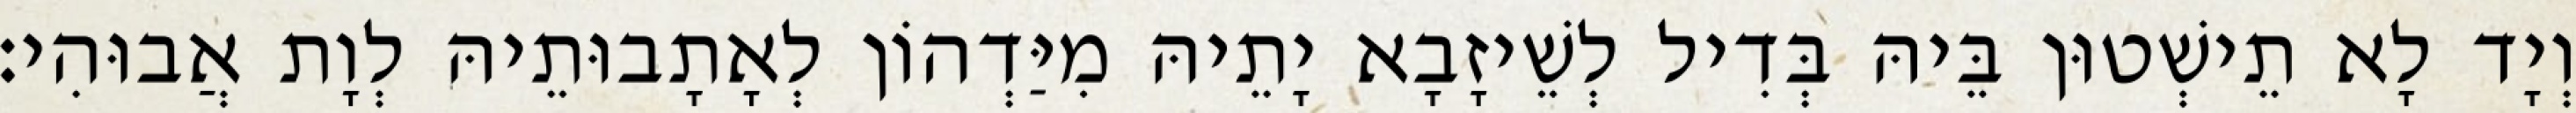
וְיָד לָא תֵישְׁטוּן בֵּיהּ בְּדִיל לְשֵׁיזָבָא יָתֵיהּ מִיַּדְהוֹן לְאָתָבוּתֵיהּ לְוָת אֲבוּהִי׃